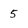
Character: 5